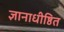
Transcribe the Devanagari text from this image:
ज्ञानाधीष्ठित